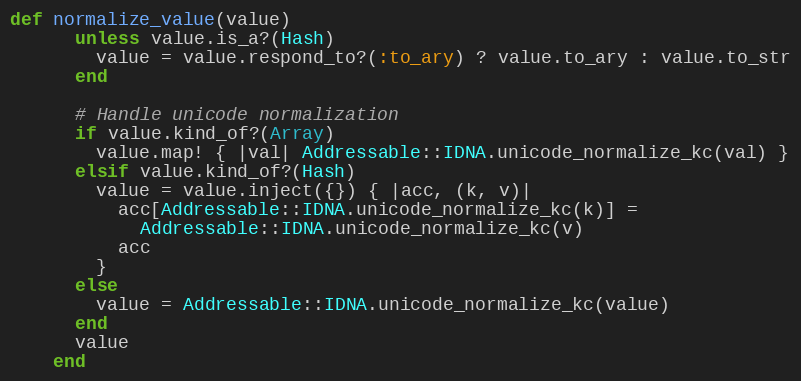
Language: Ruby
def normalize_value(value)
      unless value.is_a?(Hash)
        value = value.respond_to?(:to_ary) ? value.to_ary : value.to_str
      end

      # Handle unicode normalization
      if value.kind_of?(Array)
        value.map! { |val| Addressable::IDNA.unicode_normalize_kc(val) }
      elsif value.kind_of?(Hash)
        value = value.inject({}) { |acc, (k, v)|
          acc[Addressable::IDNA.unicode_normalize_kc(k)] =
            Addressable::IDNA.unicode_normalize_kc(v)
          acc
        }
      else
        value = Addressable::IDNA.unicode_normalize_kc(value)
      end
      value
    end